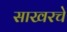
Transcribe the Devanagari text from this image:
साखरचे